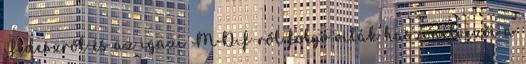
Fideszről és az igazi MDF-ről folyó viták haszonélvezői a